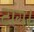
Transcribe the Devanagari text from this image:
टांग।